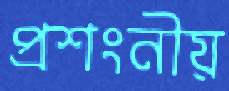
প্রশংনীয়